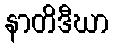
နာတိဒီဃာ